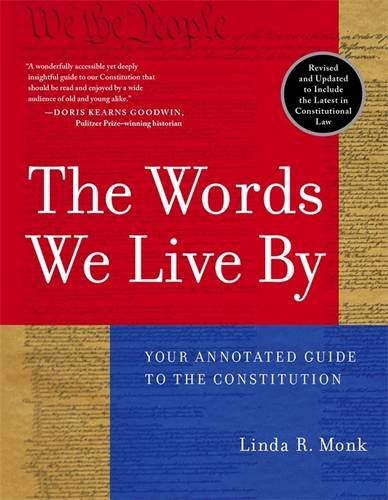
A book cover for The Words We Live By: Your Annotated Guide to the Constitution (Stonesong Press Books); Linda R. Monk; Law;